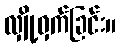
လျှို့ဝှက်ခြင်း။